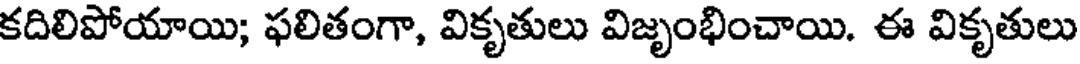
కదిలిపోయాయి; ఫలితంగా, వికృతులు విజృంభించాయి. ఈ వికృతులు